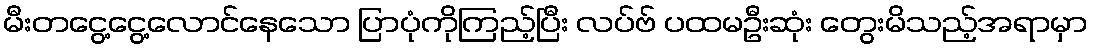
မီးတငွေ့ငွေ့လောင်နေသော ပြာပုံကိုကြည့်ပြီး လပ်ဗ် ပထမဦးဆုံး တွေးမိသည့်အရာမှာ